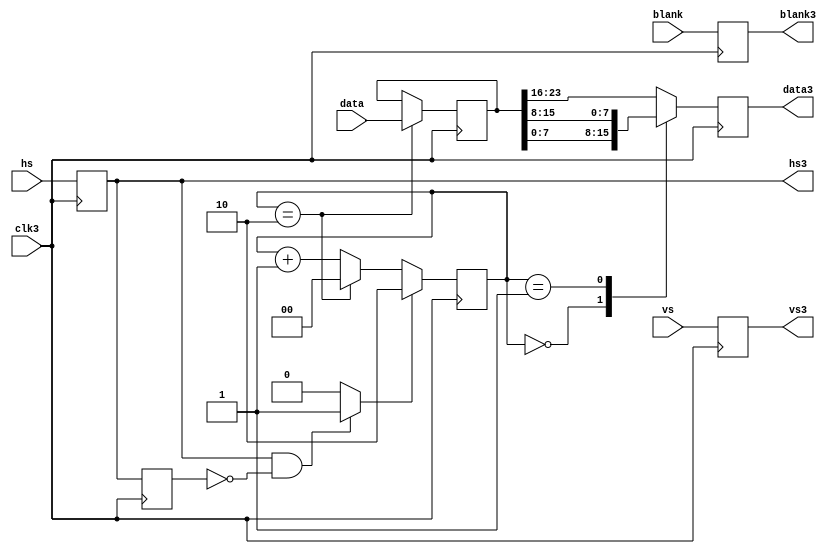
module   vga_serial ( 
    input [23:0] data, 
    input blank, 
    input hs, 
    input vs,
    input clk3, 
    output reg [7:0] data3, 
    output blank3, 
    output hs3, 
    output vs3
  );

reg hs_reg;
reg hs_reg1;
reg blank_reg;
reg vs_reg;
always @(posedge clk3) begin
  hs_reg <= hs;
  hs_reg1 <= hs_reg;
  vs_reg <= vs;
  blank_reg <= blank;
end

reg [1:0] cnt;

wire sync_pulse = (hs_reg & !hs_reg1) ? 1 : 0;
always @(posedge clk3) begin
  if (sync_pulse) begin
    cnt <= 2; // sync_pulse is phase ?, 
  end
  else begin
    if (cnt == 2)
      cnt <= 0;
    else    
      cnt <= cnt+1;
  end
end

reg [23:0] data_reg;
always @(posedge clk3) begin
  if (cnt == 2)
    data_reg <= data;
end

always @(posedge clk3) begin
  case ( cnt )
    0 : data3 <= data_reg[7:0]; // B!
    1 : data3 <= data_reg[15:8]; // G!
    default : data3 <= data_reg[23:16]; //R!

  endcase
end

assign blank3 = blank_reg;
assign hs3 = hs_reg;
assign vs3 = vs_reg;

endmodule